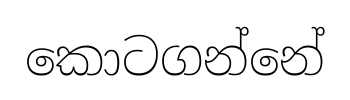
කොටගන්නේ